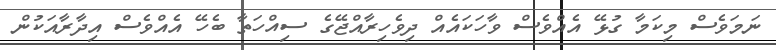
ނަމަވެސް މިކަމާ ގުޅޭ އެއްވެސް ވާހަކައެއް ދިވެހިރާއްޖޭގެ ސިއްހަތާ ބެހޭ އެއްވެސް އިދާރާއަކުން